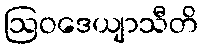
ဩဝဒေယျာသီတိ